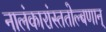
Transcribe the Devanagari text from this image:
नालंकारांस्ततोल्बणान्